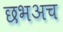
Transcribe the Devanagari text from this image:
छभअच